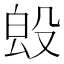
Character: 𣪕